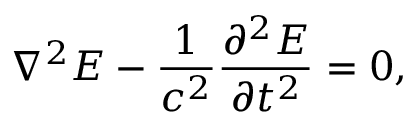
\nabla ^ { 2 } \boldsymbol { E } - \frac { 1 } { c ^ { 2 } } \frac { \partial ^ { 2 } \boldsymbol { E } } { \partial t ^ { 2 } } = 0 ,